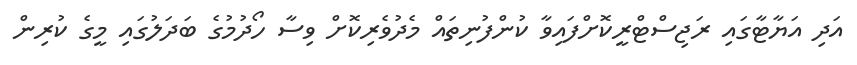
އަދި އަޔާޓާގައި ރަޖިސްޓްރީކޮށްފައިވާ ކުންފުނިތައް މެދުވެރިކޮށް ވިސާ ހޯދުމުގެ ބަދަލުގައި މީގެ ކުރިން